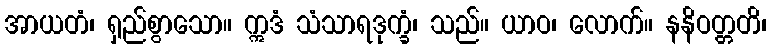
အာယတံ၊ ရှည်စွာသော။ ဣဒံ သံသာရဒုက္ခံ၊ သည်။ ယာဝ၊ လောက်။ နနိဝတ္တတိ၊